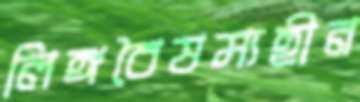
লিঙ্গবৈষম্যহীন